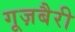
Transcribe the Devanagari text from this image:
गूज़बैरी